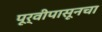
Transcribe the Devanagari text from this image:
पूर्वीपासूनचा